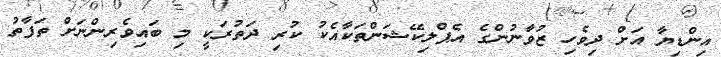
އިންޑިޔާ އަށް ދިވެހި ޒުވާނުންގެ އެޕްލިކޭޝަންތަކާއެކު ކުރި ދަތުރަކީ މި ބައިވެރިންނަށް ތަފާތު